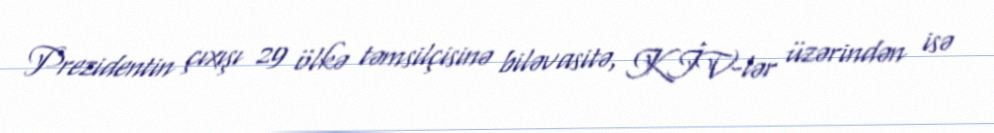
Prezidentin çıxışı 29 ölkə təmsilçisinə biləvasitə, KİV-lər üzərindən isə